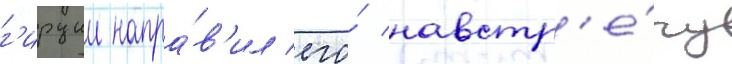
г'ирции напра́в'ил его́ навстр'е́чу